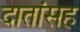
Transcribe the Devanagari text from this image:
दातांसह